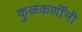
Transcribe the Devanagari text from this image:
कुळकर्णींनी